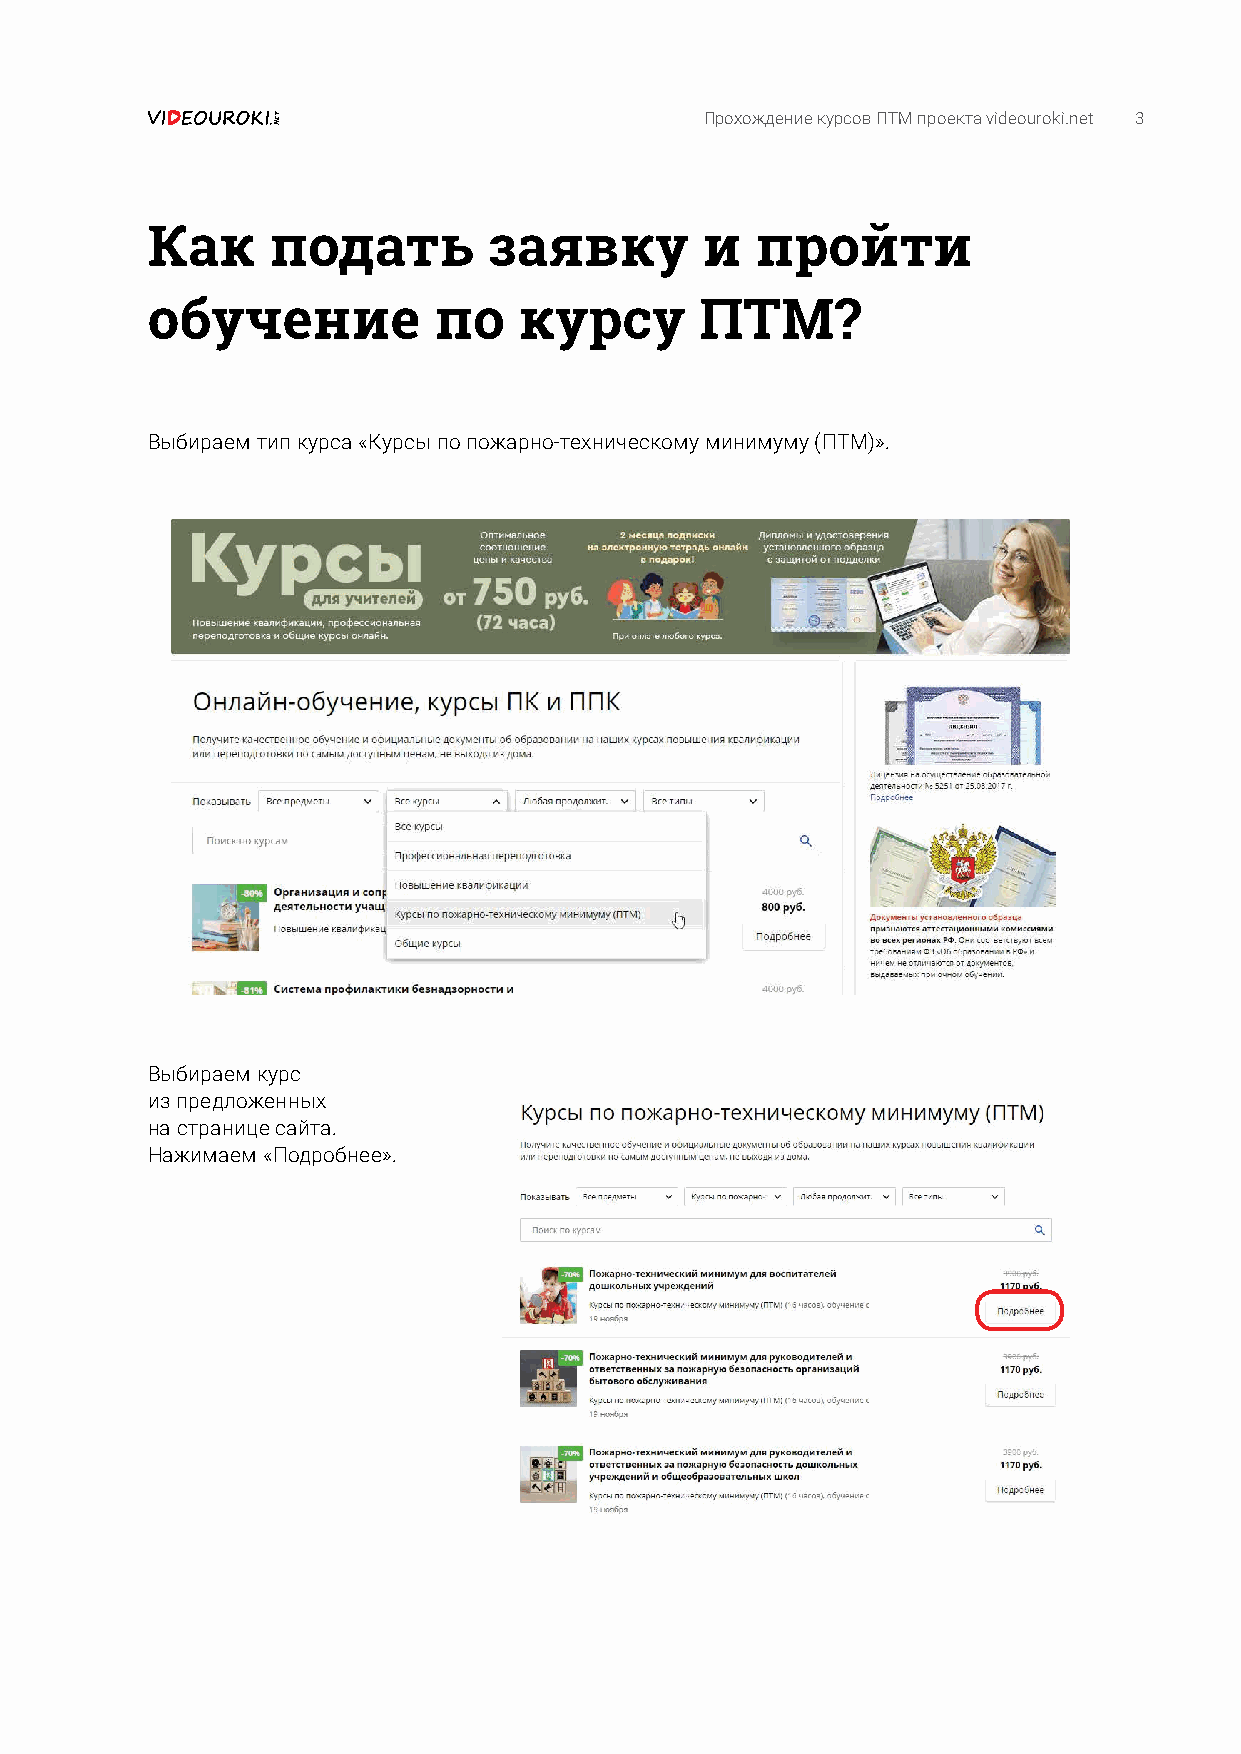
Прохождение курсов ПТМ проекта videouroki.net 3
 Как     подать        заявку        и   пройти
 обучение           по   курсу       ПТМ?
 Выбираем тип курса «Курсы по пожарно-техническому минимуму (ПТМ)».
 Выбираем курс
 из предложенных
 на странице сайта.
 Нажимаем «Подробнее».